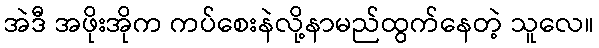
အဲဒီ အဖိုးအိုက ကပ်စေးနဲလို့နာမည်ထွက်နေတဲ့ သူလေ။